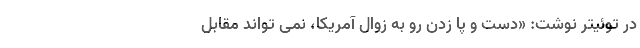
در توئیتر نوشت: «دست و پا زدن رو به زوال آمریکا، نمی تواند مقابل